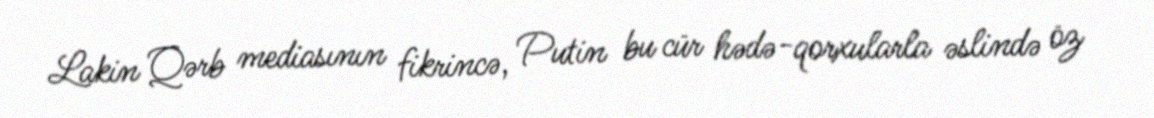
Lakin Qərb mediasının fikrincə, Putin bu cür hədə-qorxularla əslində öz